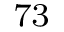
^ { 7 3 }